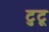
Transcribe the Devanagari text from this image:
टुटू